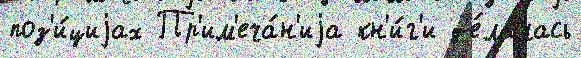
поз'и́циjах Пр'им'еча́н'иjа кн'и́г'и д'е́лалась